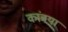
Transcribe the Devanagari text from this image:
कांबया